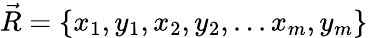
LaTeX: \vec{R}=\{ x_{1},y_{1},x_{2},y_{2},...x_{m},y_{m}\}